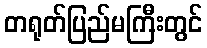
တရုတ်ပြည်မကြီးတွင်